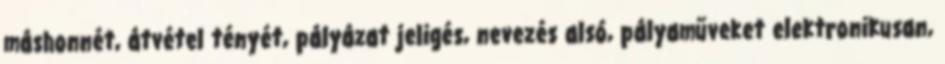
máshonnét, átvétel tényét, pályázat jeligés, nevezés alsó, pályaműveket elektronikusan,